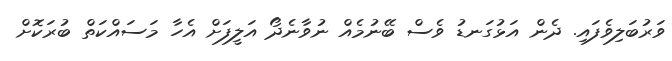
ވަރުބަލިވެފައި. ދެން އަޅުގަނޑު ވެސް ބޭނުމެއް ނުވާނެދޯ އަލީފަށް އެހާ މަސައްކަތް ބުރަކޮށް